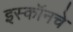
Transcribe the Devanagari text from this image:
इस्कॉनचे